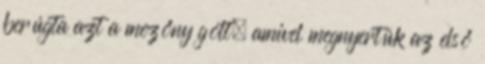
berúgta azt a mezőny gólt, amivel megnyertük az első